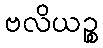
ဗလိယဉ္စ